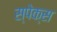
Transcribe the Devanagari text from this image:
स्पेक्स